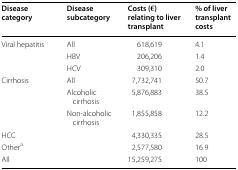
<table><thead><tr><td><b>Disease category</b></td><td><b>Disease subcategory</b></td><td><b>Costs (€) relating to liver transplant</b></td><td><b>% of liver transplant costs</b></td></tr></thead><tbody><tr><td rowspan="3">Viral hepatitis</td><td>All</td><td>618,619</td><td>4.1</td></tr><tr><td>HBV</td><td>206,206</td><td>1.4</td></tr><tr><td>HCV</td><td>309,310</td><td>2.0</td></tr><tr><td rowspan="3">Cirrhosis</td><td>All</td><td>7,732,741</td><td>50.7</td></tr><tr><td>Alcoholic cirrhosis</td><td>5,876,883</td><td>38.5</td></tr><tr><td>Non-alcoholic cirrhosis</td><td>1,855,858</td><td>12.2</td></tr><tr><td colspan="2">HCC</td><td>4,330,335</td><td>28.5</td></tr><tr><td colspan="2">Other<sup>a</sup></td><td>2,577,580</td><td>16.9</td></tr><tr><td colspan="2">All</td><td>15,259,275</td><td>100</td></tr></tbody></table>